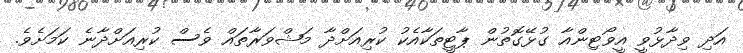
އަދި ވިދާޅުވީ އީވޯޓިންއާ ގުޅޭގޮތުން ޕާޓީތަކާއެކު ކުރިއަށްދާ މަޝްވަރާތައް ވެސް ކުރިއަށްދާނެ ކަމަށެވެ.